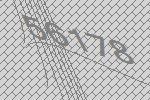
56178